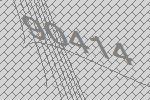
90414